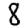
Digit: 8